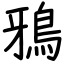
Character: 鴉